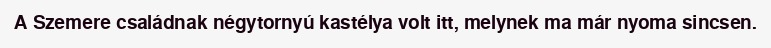
A Szemere családnak négytornyú kastélya volt itt, melynek ma már nyoma sincsen.